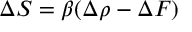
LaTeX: \Delta S = \beta ( \Delta \rho - \Delta F )